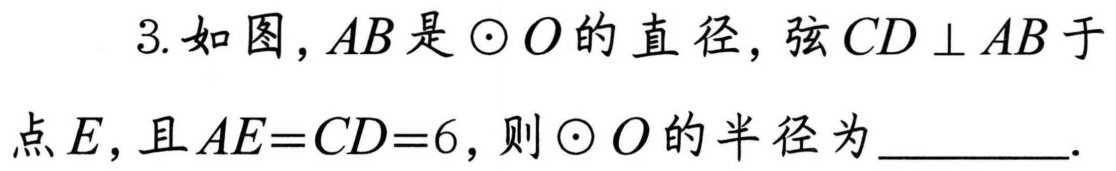
3. 如图，\(AB\) 是 \(\odot O\) 的直径，弦 \(CD\perp AB\) 于
点 \(E\)，且 \(AE = CD = 6\)，则 \(\odot O\) 的半径为  ．